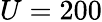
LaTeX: U=200